Civil Veterinary Department Bengal reports 1933-51 - 1933-1951
Year: 1933
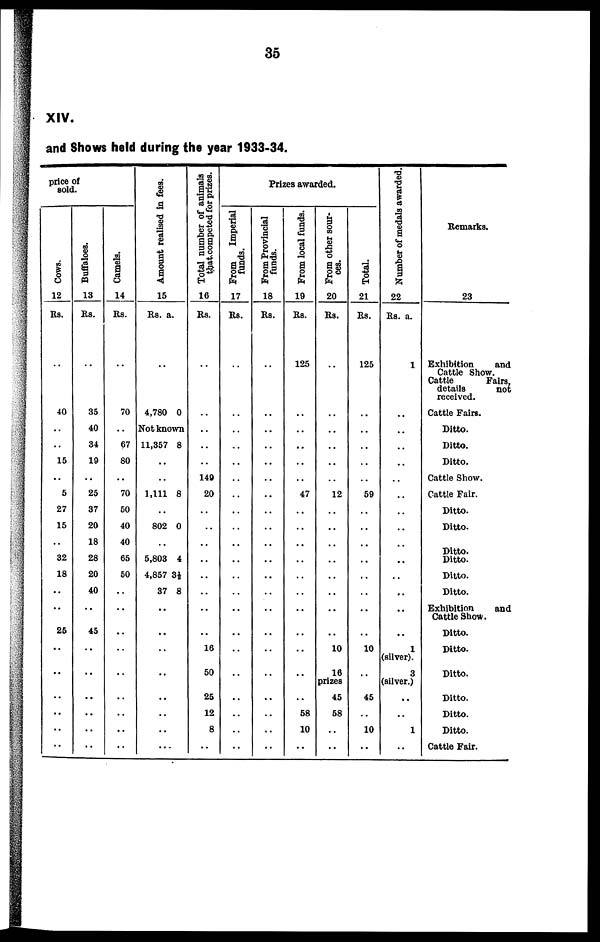
35
XIV.
and Shows held during the year 1933-34.
price of
sold.
Cows.
12
Rs.
..
40
..
..
15
..
5
27
15
..
32
18
..
..
25
..
..
..
..
..
..
Buffaloes.
13
Rs.
..
35
40
34
19
..
25
37
20
18
28
20
40
..
45
..
..
..
..
..
..
Camels.
14
Rs.
..
70
..
67
80
..
70
50
40
40
65
50
..
..
..
..
..
..
..
..
..
Amount realised in fees.
15
Rs. a.
..
4,780 0
Not known
11,357 8
..
..
1,111 8
..
802 0
..
5,803 4
4,857 3½
37 8
..
..
..
..
..
..
..
...
Total number of animals
that competed for prizes.
16
Rs.
..
..
..
..
..
149
20
..
..
..
..
..
..
..
..
16
50
25
12
8
..
Prizes awarded.
From
Imperial
funds.
17
Rs.
..
..
..
..
..
..
..
..
..
..
..
..
..
..
..
..
..
..
..
..
..
From Provincial
funds.
18
Rs.
..
..
..
..
..
..
..
..
..
..
..
..
..
..
..
..
..
..
..
..
..
From local funds.
19
Rs.
125
..
..
..
..
..
47
..
..
..
..
..
..
..
..
..
..
..
58
10
..
From other sour-
ces.
20
Rs.
..
..
..
..
..
..
12
..
..
..
..
..
..
..
..
10
16
prizes
45
58
..
..
Total.
21
Rs.
125
..
..
..
..
..
59
..
..
..
..
..
..
..
..
10
..
45
..
10
..
Number of medals awarded.
22
Rs. a.
1
..
..
..
..
..
..
..
..
..
..
..
..
..
..
1
(silver).
3
(silver.)
..
..
1
..
Remarks.
23
Exhibition
and
Cattle Show.
Cattle
Fairs,
details
not
received.
Cattle Fairs.
Ditto.
Ditto.
Ditto.
Cattle Show.
Cattle Fair.
Ditto.
Ditto.
Ditto.
Ditto.
Ditto.
Ditto.
Exhibition
and
Cattle Show.
Ditto.
Ditto.
Ditto.
Ditto.
Ditto.
Ditto.
Cattle Fair.